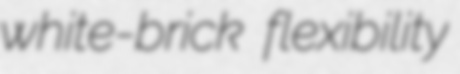
white-brick flexibility